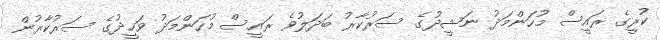
ކުރީގެ ރައީސް މުހަންމަދު ނަޝީދުގެ ސަރުކާރު ބަދަލުވެ ރައީސް މުހަންމަދު ވަހީދުގެ ސަރުކާރުން